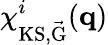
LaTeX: \chi_{\mathrm{KS,\vec{G}}}^{i}(\mathbf{q})